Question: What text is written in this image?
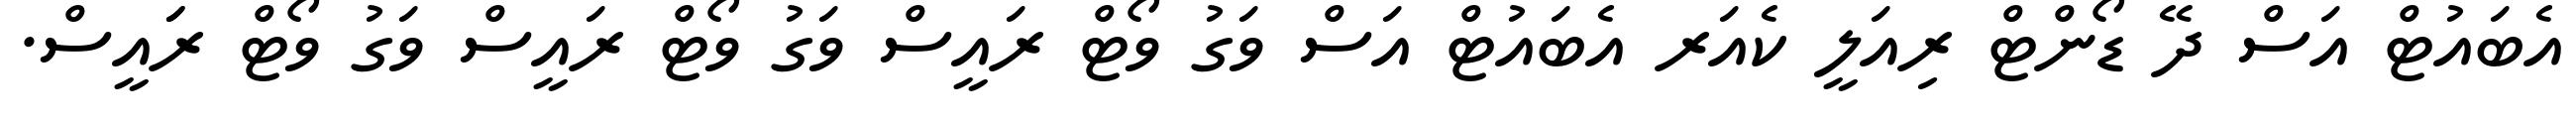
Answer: އެބައުޓް އަސް ދޭ ޑޯންޓް ރިއަލީ ކެއަރ އެބައުޓް އަސް ވަގު ވޯޓް ރައީސް ވަގު ވޯޓް ރައީސް ވަގު ވޯޓް ރަައީސް.